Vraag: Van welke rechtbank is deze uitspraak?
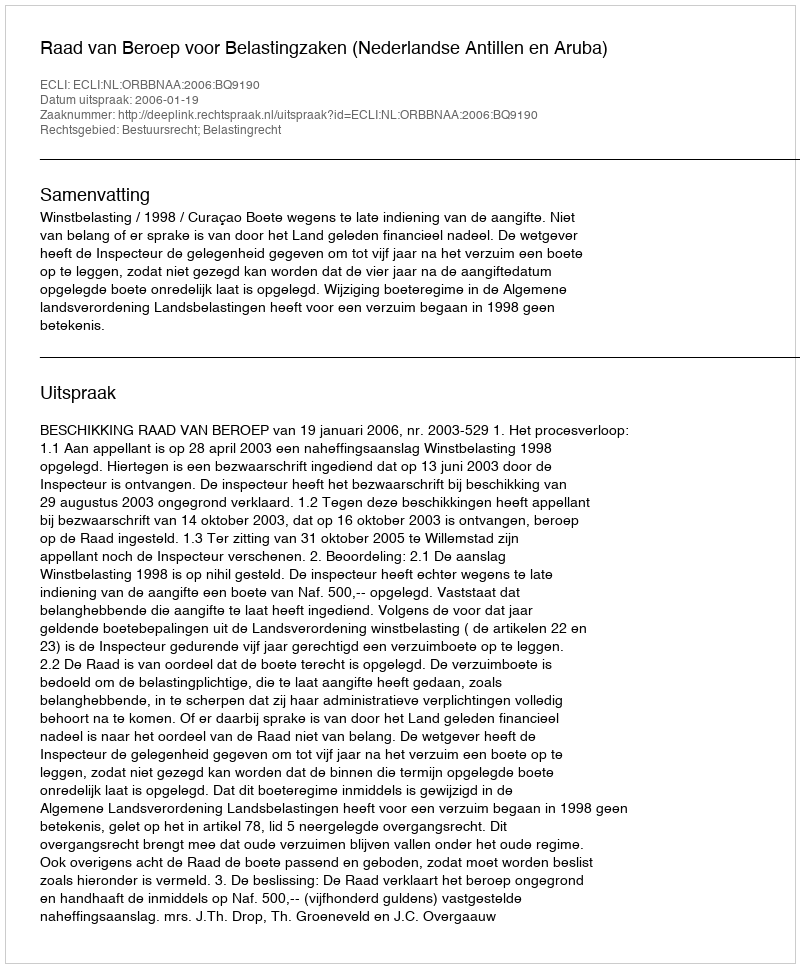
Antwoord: Raad van Beroep voor Belastingzaken (Nederlandse Antillen en Aruba)